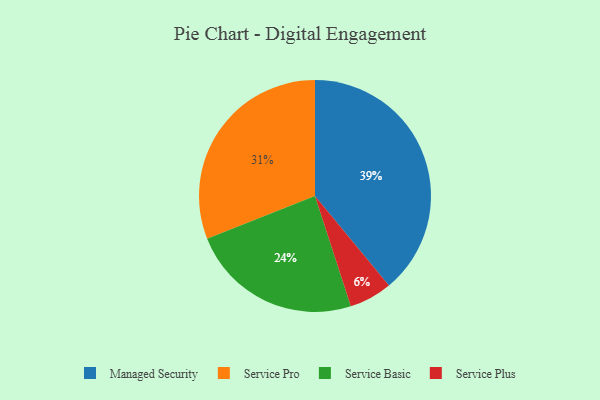
{"axis": {"x": "Category", "y": "Percentage"}, "legend": ["Managed Security", "Service Basic", "Service Plus", "Service Pro"], "data": [{"x": "Service Pro", "y": 31, "type": "Service Pro"}, {"x": "Managed Security", "y": 39, "type": "Managed Security"}, {"x": "Service Plus", "y": 6, "type": "Service Plus"}, {"x": "Service Basic", "y": 24, "type": "Service Basic"}]}